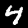
Label: 4